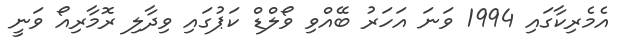
އެމެރިކާގައި 1994 ވަނަ އަހަރު ބޭއްވި ވޯލްޑް ކަޕުގައި ވިދާލި ރޮމާރިއޯ ވަނީ